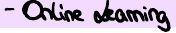
- Online Learning